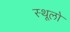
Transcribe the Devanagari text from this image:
स्थूलो